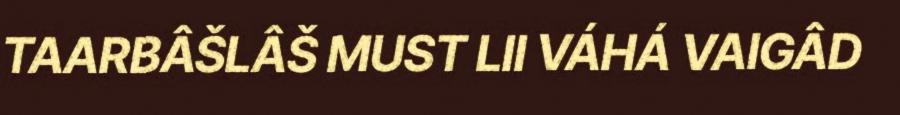
TAARBÂŠLÂŠ MUST LII VÁHÁ VAIGÂD